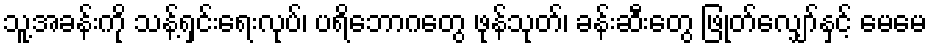
သူ့အခန်းကို သန့်ရှင်းရေးလုပ်၊ ပရိဘောဂတွေ ဖုန်သုတ်၊ ခန်းဆီးတွေ ဖြုတ်လျှော်နှင့် မေမေ